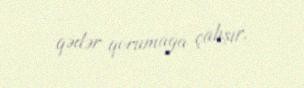
qədər qorumağa çalışır.